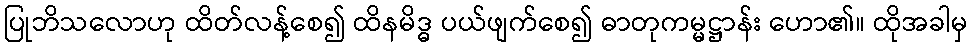
ပြုဘိသလောဟု ထိတ်လန့်စေ၍ ထိနမိဒ္ဓ ပယ်ဖျက်စေ၍ ဓာတုကမ္မဋ္ဌာန်း ဟော၏။ ထိုအခါမှ